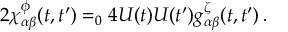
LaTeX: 2 \chi _ { \alpha \beta } ^ { \phi } ( t , t ^ { \prime } ) = _ { 0 } 4 U ( t ) U ( t ^ { \prime } ) g _ { \alpha \beta } ^ { \zeta } ( t , t ^ { \prime } ) \, .